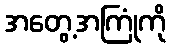
အတွေ့အကြုံကို